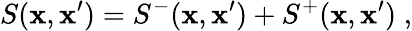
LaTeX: S(\mathbf{x},\mathbf{x}^{\prime})=S^{-}(\mathbf{x},\mathbf{x}^{\prime})+S^{+}(\mathbf{x},\mathbf{x}^{\prime})\; ,